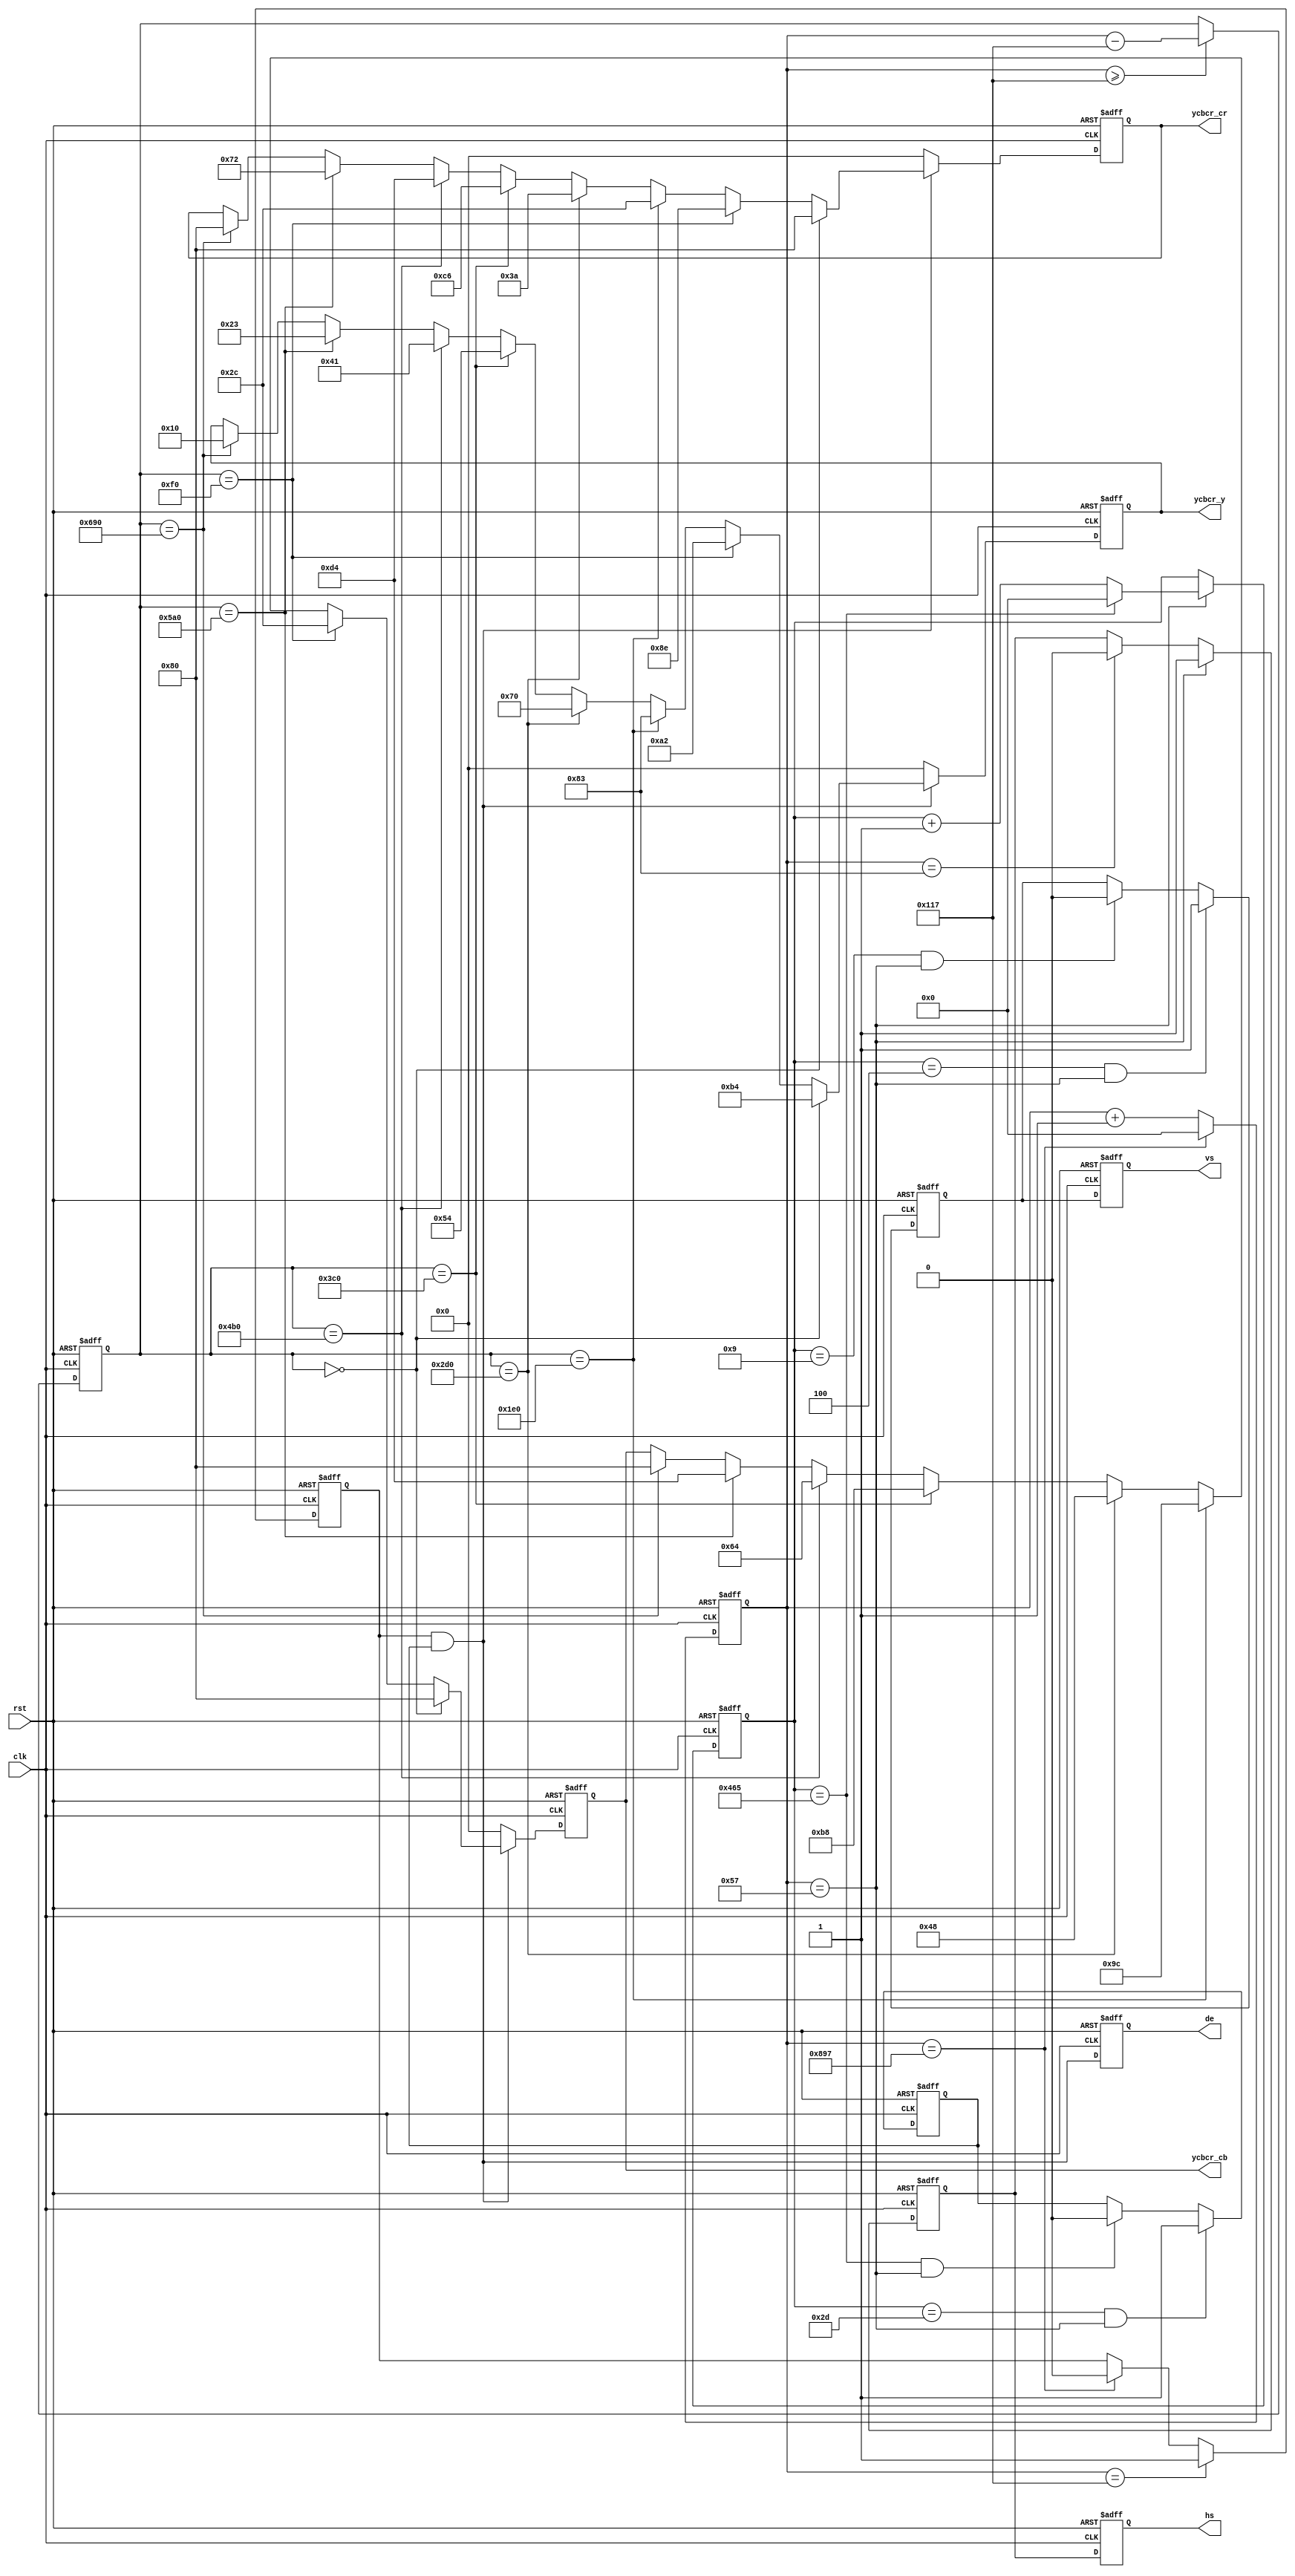
//*************************************************************************\
//YCbCr 
//==========================================================================
//   Revision History:
//	Date		  By			Revision	Change Description
//--------------------------------------------------------------------------
//2013/5/7       Meisq          1.0         Original
//*************************************************************************/
module ycbcr_color_bar(
	input clk,                //1280x720@60P74.25
	input rst,                //,
	output hs,                //
	output vs,                //
	output de,                //
	output[7:0] ycbcr_y,      //
	output[7:0] ycbcr_cb,     //
	output[7:0] ycbcr_cr      //
);
/***************************************************/
parameter H_ACTIVE = 16'd1920;    //
parameter H_FP = 16'd88;         //
parameter H_SYNC = 16'd44;        //
parameter H_BP = 16'd148;         //
parameter V_ACTIVE = 16'd1080;     //
parameter V_FP 	= 16'd5;          //
parameter V_SYNC  = 16'd5;        //
parameter V_BP	= 16'd36;         //
parameter H_TOTAL = H_ACTIVE + H_FP + H_SYNC + H_BP; //
parameter V_TOTAL = V_ACTIVE + V_FP + V_SYNC + V_BP; //

//color parameter
parameter WHITE_Y 	= 8'd180;
parameter WHITE_CB 	= 8'd128;
parameter WHITE_CR 	= 8'd128;                          	    
parameter YELLOW_Y 	= 8'd162;
parameter YELLOW_CB = 8'd44;
parameter YELLOW_CR = 8'd142;                          	    
parameter CYAN_Y 	= 8'd131;
parameter CYAN_CB 	= 8'd156;
parameter CYAN_CR 	= 8'd44;                          	    
parameter GREEN_Y 	= 8'd112;
parameter GREEN_CB 	= 8'd72;
parameter GREEN_CR 	= 8'd58;                              
parameter MAGENTA_Y = 8'd84;
parameter MAGENTA_CB = 8'd184;
parameter MAGENTA_CR = 8'd198;                               
parameter RED_Y 	= 8'd65;
parameter RED_CB 	= 8'd100;
parameter RED_CR 	= 8'd212;                              
parameter BLUE_Y 	= 8'd35;
parameter BLUE_CB 	= 8'd212;
parameter BLUE_CR 	= 8'd114;                               
parameter BLACK_Y 	= 8'd16;
parameter BLACK_CB 	= 8'd128;
parameter BLACK_CR 	= 8'd128; 

reg hs_reg;//,
reg vs_reg;//,
reg hs_reg_d0;//hs_reg
              //_d0d1d2
reg vs_reg_d0;//vs_reg
reg[11:0] h_cnt;//
reg[11:0] v_cnt;//
reg[11:0] active_x;//x
reg[11:0] active_y;//y
reg[7:0] ycbcr_y_reg;
reg[7:0] ycbcr_cb_reg;
reg[7:0] ycbcr_cr_reg;
reg h_active;//
reg v_active;//
wire video_active;//h_active & v_active
reg video_active_d0;
assign hs = hs_reg_d0;
assign vs = vs_reg_d0;
assign video_active = h_active & v_active;
assign de = video_active_d0;
assign ycbcr_y = ycbcr_y_reg;
assign ycbcr_cb = ycbcr_cb_reg;
assign ycbcr_cr = ycbcr_cr_reg;
always@(posedge clk or posedge rst)
begin
	if(rst)
		begin
			hs_reg_d0 <= 1'b0;
			vs_reg_d0 <= 1'b0;
			video_active_d0 <= 1'b0;
		end
	else
		begin
			hs_reg_d0 <= hs_reg;
			vs_reg_d0 <= vs_reg;
			video_active_d0 <= video_active;
		end
end

always@(posedge clk or posedge rst)
begin
	if(rst)
		h_cnt <= 12'd0;
	else if(h_cnt == H_TOTAL - 1)//
		h_cnt <= 12'd0;
	else
		h_cnt <= h_cnt + 12'd1;
end

always@(posedge clk or posedge rst)
begin
	if(rst)
		active_x <= 12'd0;
	else if(h_cnt >= H_FP + H_SYNC + H_BP - 1)//x
		active_x <= h_cnt - (H_FP[11:0] + H_SYNC[11:0] + H_BP[11:0] - 12'd1);
	else
		active_x <= active_x;
end

always@(posedge clk or posedge rst)
begin
	if(rst)
		v_cnt <= 12'd0;
	else if(h_cnt == H_FP  - 1)//H_FP - 1+1
		if(v_cnt == V_TOTAL - 1)//
			v_cnt <= 12'd0;
		else
			v_cnt <= v_cnt + 12'd1;//+1
	else
		v_cnt <= v_cnt;
end

always@(posedge clk or posedge rst)
begin
	if(rst)
		hs_reg <= 1'b0;
	else if(h_cnt == H_FP - 1)//...
		hs_reg <= 1'b1;
	else if(h_cnt == H_FP + H_SYNC - 1)//
		hs_reg <= 1'b0;
	else
		hs_reg <= hs_reg;
end

always@(posedge clk or posedge rst)
begin
	if(rst)
		h_active <= 1'b0;
	else if(h_cnt == H_FP + H_SYNC + H_BP - 1)
		h_active <= 1'b1;
	else if(h_cnt == H_TOTAL - 1)
		h_active <= 1'b0;
	else
		h_active <= h_active;
end

always@(posedge clk or posedge rst)
begin
	if(rst)
		vs_reg <= 1'd0;
	else if((v_cnt == V_FP - 1) && (h_cnt == H_FP - 1))
		vs_reg <= 1'b1;
	else if((v_cnt == V_FP + V_SYNC - 1) && (h_cnt == H_FP - 1))
		vs_reg <= 1'b0;	
	else
		vs_reg <= vs_reg;
end

always@(posedge clk or posedge rst)
begin
	if(rst)
		v_active <= 1'd0;
	else if((v_cnt == V_FP + V_SYNC + V_BP - 1) && (h_cnt == H_FP - 1))
		v_active <= 1'b1;
	else if((v_cnt == V_TOTAL - 1) && (h_cnt == H_FP - 1))
		v_active <= 1'b0;	
	else
		v_active <= v_active;
end

always@(posedge clk or posedge rst)
begin
	if(rst)
		begin
			ycbcr_y_reg <= 8'h00;
			ycbcr_cb_reg <= 8'h00;
			ycbcr_cr_reg <= 8'h00;
		end
	else if(video_active)
		if(active_x == 12'd0)
			begin
				ycbcr_y_reg <= WHITE_Y;
				ycbcr_cb_reg <= WHITE_CB;
				ycbcr_cr_reg <= WHITE_CR;
			end
		else if(active_x == (H_ACTIVE/8) * 1)
			begin
				ycbcr_y_reg <= YELLOW_Y;
				ycbcr_cb_reg <= YELLOW_CB;
				ycbcr_cr_reg <= YELLOW_CR;
			end			
		else if(active_x == (H_ACTIVE/8) * 2)
			begin
				ycbcr_y_reg <= CYAN_Y;
				ycbcr_cb_reg <= CYAN_CB;
				ycbcr_cr_reg <= CYAN_CR;
			end
		else if(active_x == (H_ACTIVE/8) * 3)
			begin
				ycbcr_y_reg <= GREEN_Y;
				ycbcr_cb_reg <= GREEN_CB;
				ycbcr_cr_reg <= GREEN_CR;
			end
		else if(active_x == (H_ACTIVE/8) * 4)
			begin
				ycbcr_y_reg <= MAGENTA_Y;
				ycbcr_cb_reg <= MAGENTA_CB;
				ycbcr_cr_reg <= MAGENTA_CR;
			end
		else if(active_x == (H_ACTIVE/8) * 5)
			begin
				ycbcr_y_reg <= RED_Y;
				ycbcr_cb_reg <= RED_CB;
				ycbcr_cr_reg <= RED_CR;
			end
		else if(active_x == (H_ACTIVE/8) * 6)
			begin
				ycbcr_y_reg <= BLUE_Y;
				ycbcr_cb_reg <= BLUE_CB;
				ycbcr_cr_reg <= BLUE_CR;
			end	
		else if(active_x == (H_ACTIVE/8) * 7)
			begin
				ycbcr_y_reg <= BLACK_Y;
				ycbcr_cb_reg <= BLACK_CB;
				ycbcr_cr_reg <= BLACK_CR;
			end
		else
			begin
				ycbcr_y_reg <= ycbcr_y_reg;
				ycbcr_cb_reg <= ycbcr_cb_reg;
				ycbcr_cr_reg <= ycbcr_cr_reg;
			end			
	else
		begin
			ycbcr_y_reg <= 8'h00;
			ycbcr_cb_reg <= 8'h00;
			ycbcr_cr_reg <= 8'h00;
		end
end

endmodule